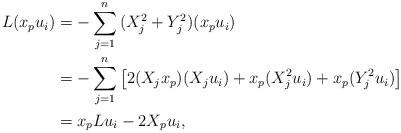
LaTeX: \begin{align*}\begin{aligned}L({x_p}{u_i}) &=- \sum\limits_{j =1}^n {(X_j^2 + Y_j^2)} ({x_p}{u_i})\\ &=- \sum\limits_{j = 1}^n {\left[ {2({X_j}{x_p})({X_j}{u_i}) + {x_p}(X_j^2{u_i}) + {x_p}(Y_j^2{u_i})} \right]}\\ &={x_p}L{u_i} - 2{X_p}{u_i},\end{aligned}\end{align*}